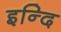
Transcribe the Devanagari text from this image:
इन्दि